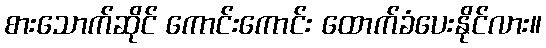
စားသောက်ဆိုင် ကောင်းကောင်း ထောက်ခံပေးနိုင်လား။